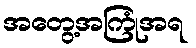
အတွေ့အကြုံအရ